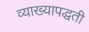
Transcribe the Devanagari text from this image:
व्याख्यापद्धती